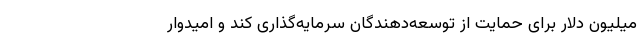
میلیون دلار برای حمایت از توسعه‌دهندگان سرمایه‌گذاری کند و امیدوار